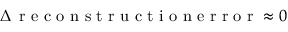
\Delta \, \mathrm { ~ r ~ e ~ c ~ o ~ n ~ s ~ t ~ r ~ u ~ c ~ t ~ i ~ o ~ n ~ e ~ r ~ r ~ o ~ r ~ } \approx 0